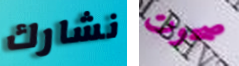
نشارك صحوت